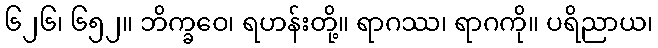
၆၂၆၊ ၆၅၂။ ဘိက္ခဝေ၊ ရဟန်းတို့။ ရာဂဿ၊ ရာဂကို။ ပရိညာယ၊